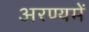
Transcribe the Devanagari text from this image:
अरण्यमें